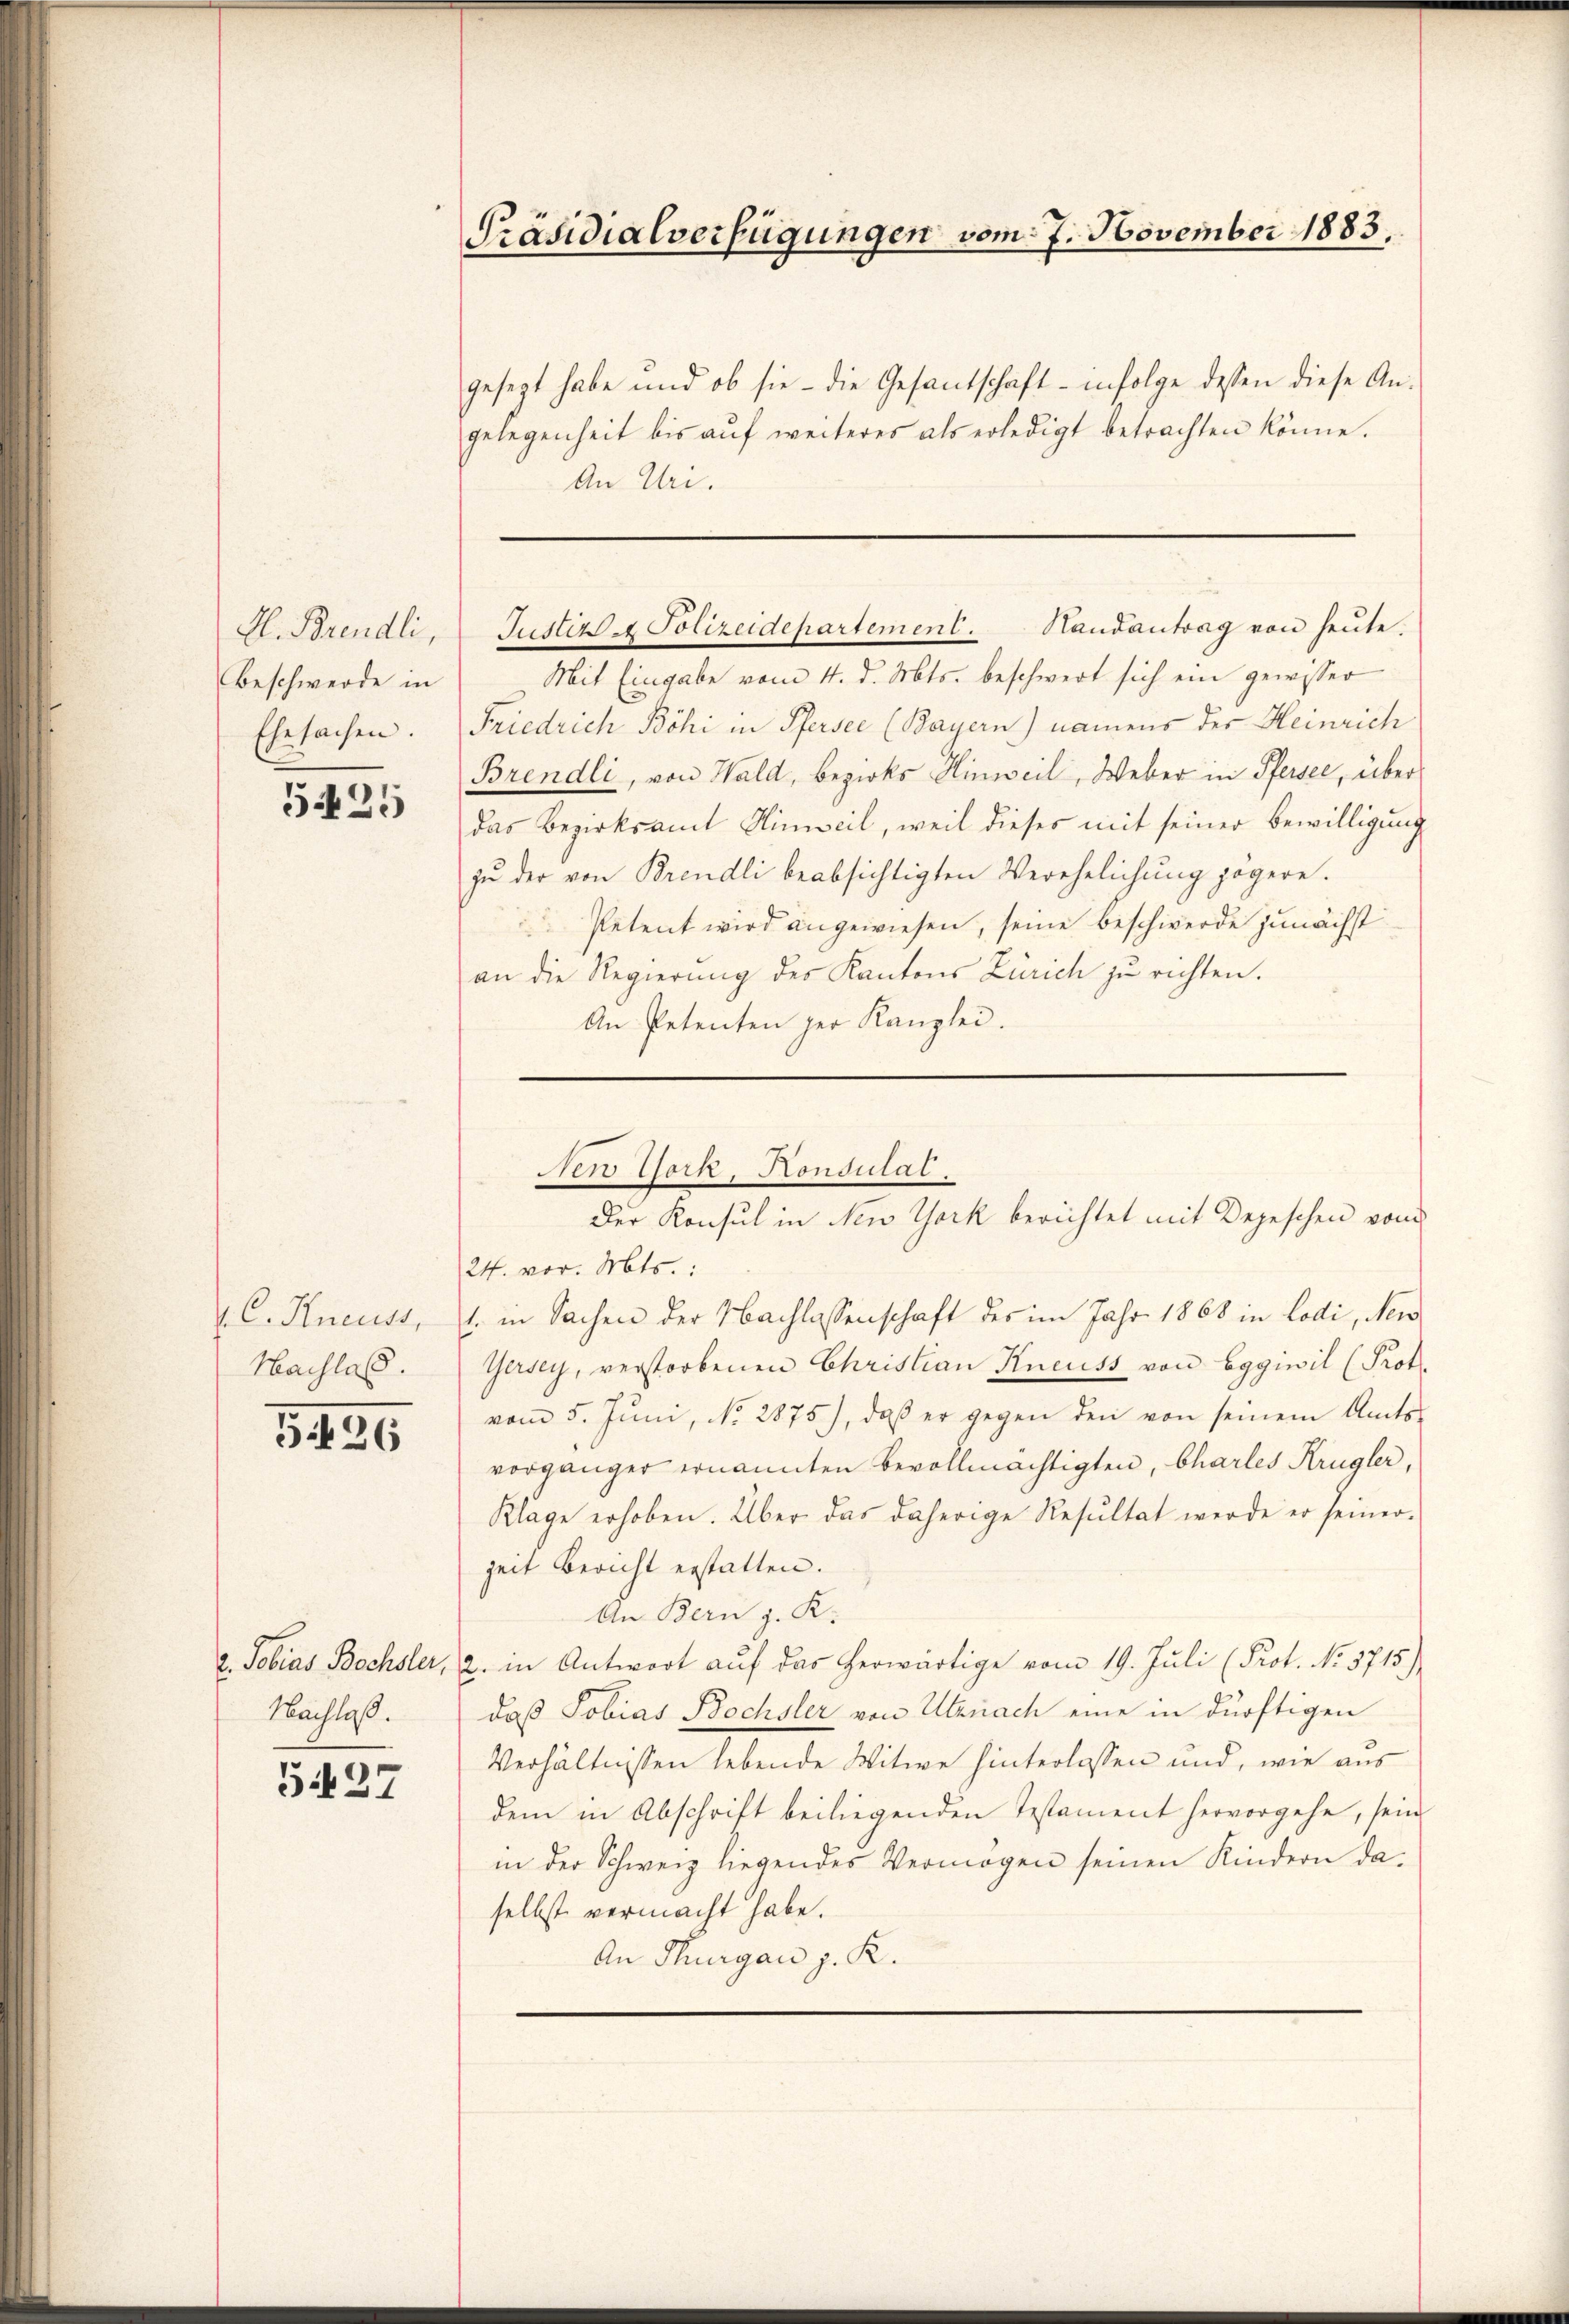
Al. Brendli,
Beschwerde in
Ehesachen.

5425

. C. Kneuss,
Nachlas.

G 436

2. Tobias Bochsler,
Nachlaß.

5427

Präsidialverfügungen vom 7. November 1883.

gesezt habe und ob sie - die Gesantschaft - infolge dessen diese An-
gelegenheit bis aŭf weiteres als erledigt betrachten könne.
An Uri.
Mit Eingabe vom 4. d. Mts. beschwert sich ein gewisser
Friedrich Böhi in Pfersee (Bayern) namens der Heinrich
Brendli, von Wald, Bezirks Hinweil, Weber in Pfersee, über
das Bezirksamt Hinweil, weil dieses mit seiner Bewilligung
zu der von Brendli beabsichtigten Verehelichung zögere.
Petent wird angewiesen, seine Beschwerde zunächst
an die Regierŭng des Kantons Zürich zu richten.
An Petenten der Kanzlei.

Justiz & Polizeidepartement. Handantrag von heŭte.

24. vor. Mts.:
1. in Sachen der Nachlassenschaft des im Jahr 1868 in Lodi, Neu¬
Gersey, verstorbenen Christian Kneuss von Eggiwil (Prot.
vom 5. Jŭni, No. 2875), daβ er gegen den von seinem Amts-
vorgänger ernannten bevollmächtigten, Chartes Krügler,
Klage erhoben. Über das daherige Resultat werde er seiner-
zeit Bericht erstatten.
An Bern J. K.
2. in Antwort auf das herwärtige vom 19. Juli (Prot. No. 5715)
daß Tobias Bochsler von Utznach eine in dürftigen
Verhältnissen lebende Witwe hinterlassen und, wie aus
dem in Abschrift beiliegenden Testament hervorgehe, sein
in der Schweiz liegendes Vermögen seinen Kindern daselbst vermacht habe.
An Thurgau z. K.

New York, Konsulat
Der Konsul in New York berichtet mit Depeschen vom